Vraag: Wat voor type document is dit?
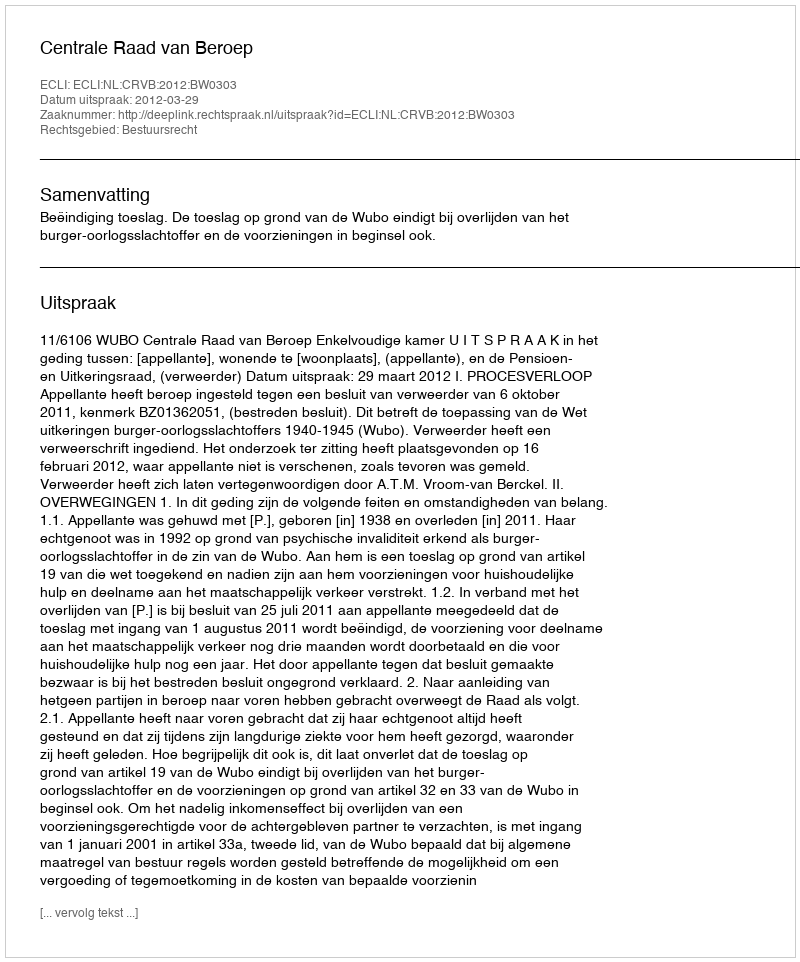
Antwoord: Uitspraak